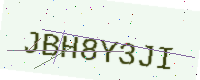
Text: JBH8Y3JI